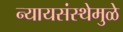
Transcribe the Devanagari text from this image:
न्यायसंस्थेमुळे